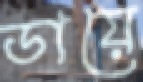
ডায়ে